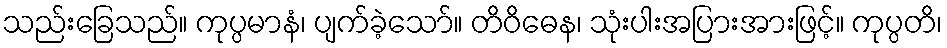
သည်းခြေသည်။ ကုပ္ပမာနံ၊ ပျက်ခဲ့သော်။ တိဝိဓေန၊ သုံးပါးအပြားအားဖြင့်။ ကုပ္ပတိ၊